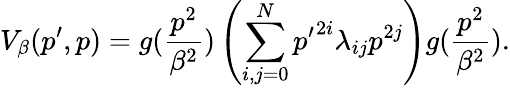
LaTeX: V_{\beta}(p^{\prime},p)=g(\frac{p^{2}}{\beta^{2}})\left(\sum_{i,j=0}^{N}{p^{\prime}}^{2i}\lambda_{ij}p^{2j}\right)g(\frac{p^{2}}{\beta^{2}}).